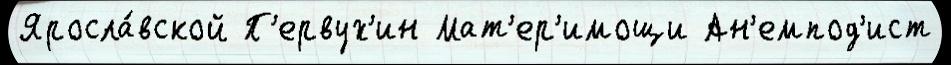
Яросла́вской П'ервух'ин Мат'ер'имощи Ан'емпод'ист